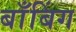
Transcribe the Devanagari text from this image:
बाँबिंग